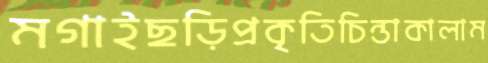
মগাইছড়িপ্রকৃতিচিন্তাকালাম